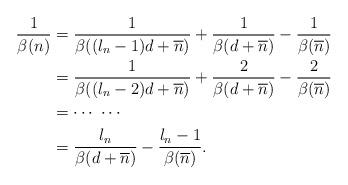
LaTeX: \begin{align*}\frac{1}{\beta(n)}&=\frac{1}{\beta((l_n-1)d+\overline{n})}+\frac{1}{\beta(d+\overline{n})}-\frac{1}{\beta(\overline{n})}\cr&=\frac{1}{\beta((l_n-2)d+\overline{n})}+\frac{2}{\beta(d+\overline{n})}-\frac{2}{\beta(\overline{n})}\cr&=\cdots\ \cdots\cr&=\frac{l_n}{\beta(d+\overline{n})}-\frac{l_n-1}{\beta(\overline{n})}.\end{align*}